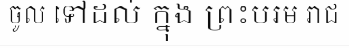
ចូល ទៅដល់ ក្នុង ព្រះបរម រាជ